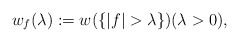
\begin{align*} w_f (\lambda ) := w (\{ |f| >\lambda \} ) (\lambda >0 ) ,\end{align*}